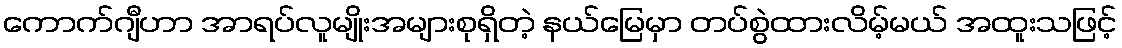
ကောက်ဂျီဟာ အာရပ်လူမျိုးအများစုရှိတဲ့ နယ်မြေမှာ တပ်စွဲထားလိမ့်မယ် အထူးသဖြင့်